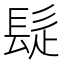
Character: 𩬂